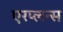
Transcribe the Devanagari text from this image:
एरप्लन्स